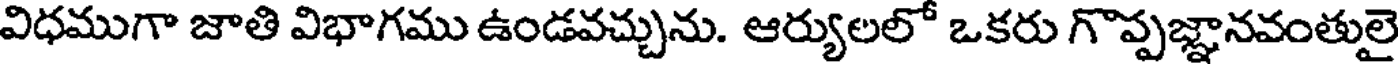
విధముగా జాతి విభాగము ఉండవచ్చును. ఆర్యులలో ఒకరు గొప్పజ్ఞానవంతులై